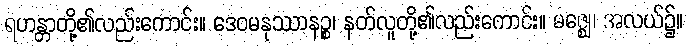
ရဟန္တာတို့၏လည်းကောင်း။ ဒေဝမနုဿာနဉ္စ၊ နတ်လူတို့၏လည်းကောင်း။ မဇ္ဈေ၊ အလယ်၌။